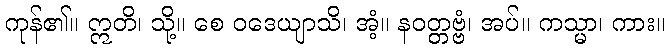
ကုန်၏။ ဣတိ၊ သို့။ စေ ဝဒေယျာသိ၊ အံ့။ နဝတ္တဗ္ဗံ၊ အပ်။ ကသ္မာ၊ ကား။